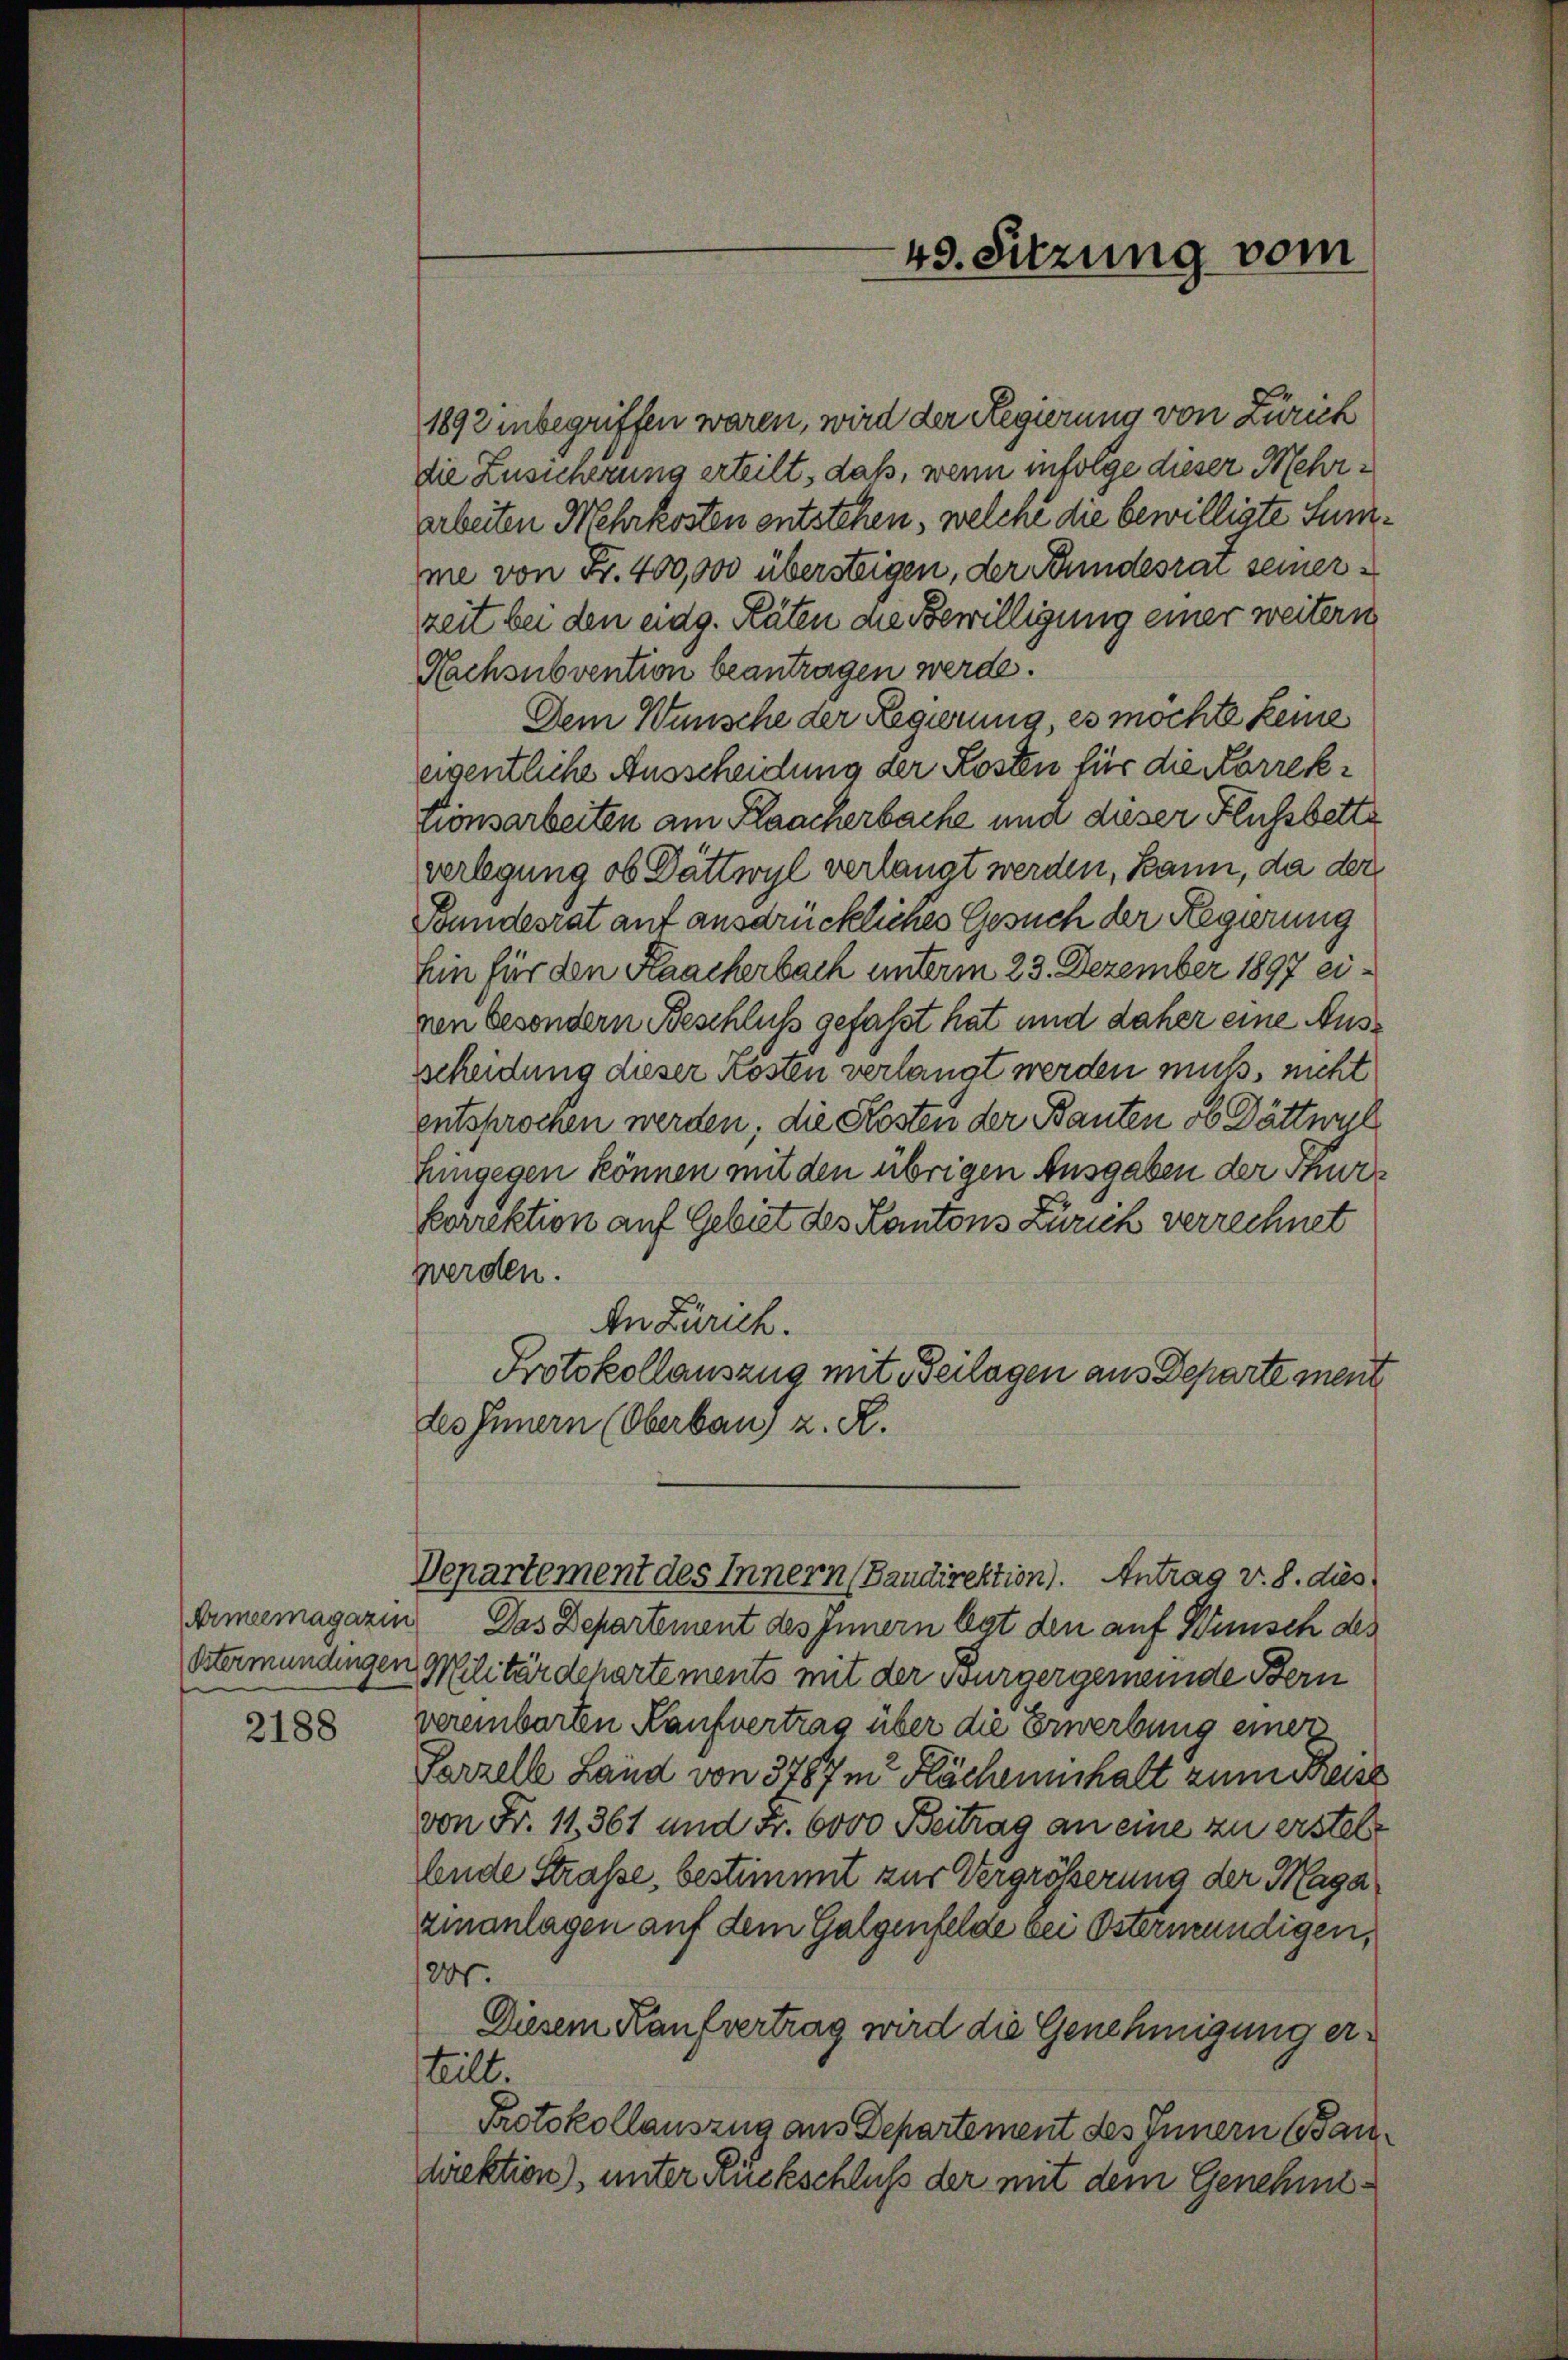
2188

1892 inbegriffen waren, wird der Regierung von Zürich
die Zusicherung erteilt, daß, wenn infolge dieser Mehrarbeiten Mehrkosten entstehen, welche die bewilligte Summe von Fr. 400,000 übersteigen, der Bundesrai seinerzeit bei den eidg. Räten die Bewilligung einer weitern
Nachsubvention beantragen werde.
Dem Wunsche der Regierung, es möchte keine
eigentliche Ausscheidung der Kosten für die Korrekponsarbeiten am Flaacherbache und dieser Flussbette
verlegung ob Dättwyl verlangt werden, kann, da der
Bundesrat auf ausdrückliches Gesuch der Regierung
Ein für den Kaackerbach unterm 23. Dezember 1897 eiren besondern Beschluß gefaßt hat und daher eine Aussscheidung dieser Kosten verlangt werden muß, nicht
entsprochen werden; die Kosten der Bauten ob Dättwill
Eingegen können mit den übrigen Ausgaben der Thurkorrektion auf Gebiet des Kantons Zürich verrechnet
werden.
An Zürich.
Protokollauszug mit Beilagen aus Departe ment
des Innern (Oberbau, z. R.
Departement des Innern (Baudirektion). Antrag v. S. dies
Armeemagazin Das Departement des Innern legt den auf Wunsch des
Östermündingen Militärdepartements mit der Bürgergemeinde Bern
vereinbarten Kaufvertrag über die Erwerbung einer
Farzelle Land von 3787m Fächeninhalt zum Kreiss
von Fr. 11. 361 und Fr. 6000 Beitrag an eine zu ersteht
Ende Straße, bestimmt zur Vergrößerung der Maga
zinanlagen auf dem Galgenfelde bei Ostermündigen,
1200.
Diesem Kaufvertrag wird die Genehmigung erteilt.
Protokollauszug aus Departement des Innern (Bandirektion), unter Rückschluß der mit dem Genehmi¬

49. Sitzung vom